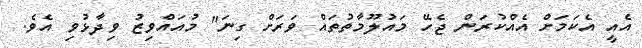
އެއީ އެކަމަށް އެއްކުރަން ޖެހޭ މައުލޫމާތުތައް ވަރަށް ގިނަ" މުއައްވިޒު ވިދާޅުވި އެވެ.